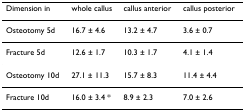
<table><thead><tr><td><b>Dimension in</b></td><td><b>whole callus</b></td><td><b>callus anterior</b></td><td><b>callus posterior</b></td></tr></thead><tbody><tr><td>Osteotomy 5d</td><td>16.7 ± 4.6</td><td>13.2 ± 4.7</td><td>3.6 ± 0.7</td></tr><tr><td>Fracture 5d</td><td>12.6 ± 1.7</td><td>10.3 ± 1.7</td><td>4.1 ± 1.4</td></tr><tr><td>Osteotomy 10d</td><td>27.1 ± 11.3</td><td>15.7 ± 8.3</td><td>11.4 ± 4.4</td></tr><tr><td>Fracture 10d</td><td>16.0 ± 3.4 *</td><td>8.9 ± 2.3</td><td>7.0 ± 2.6</td></tr></tbody></table>